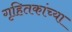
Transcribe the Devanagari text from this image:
गृहितकांच्या